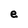
Character: e